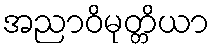
အညာဝိမုတ္တိယာ